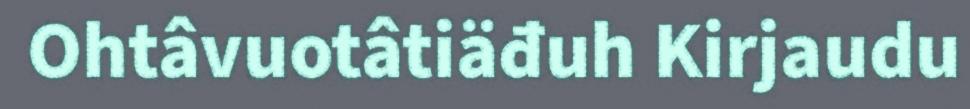
Ohtâvuotâtiäđuh Kirjaudu